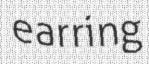
earring